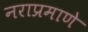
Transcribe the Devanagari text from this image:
नराप्रमाणे